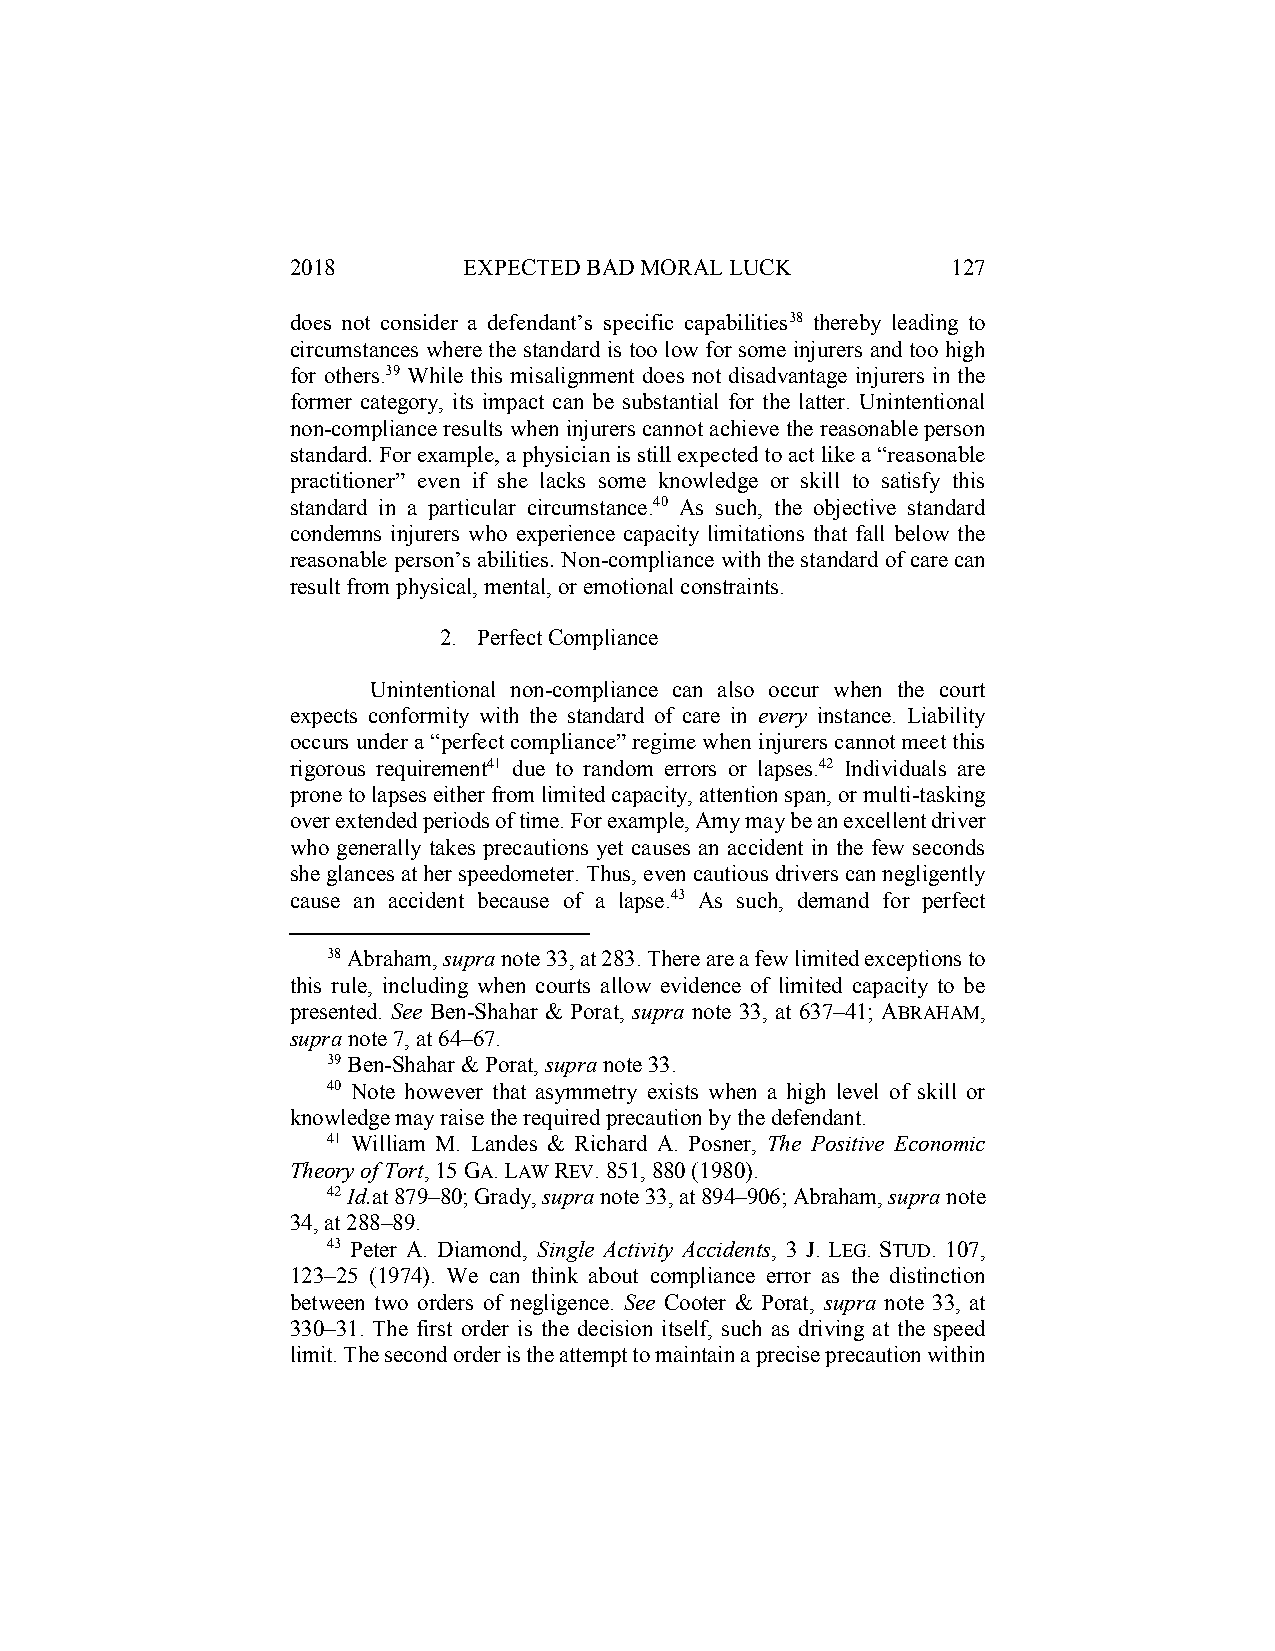
2018        EXPECTED BAD MORAL LUCK         127
 does not consider a defendant’s specific capabilities38 thereby leading to
 circumstances where the standard is too low for some injurers and too high
 for others.39 While this misalignment does not disadvantage injurers in the
 former category, its impact can be substantial for the latter. Unintentional
 non-compliance results when injurers cannot achieve the reasonable person
 standard. For example, a physician is still expected to act like a “reasonable
 practitioner” even if she lacks some knowledge or skill to satisfy this
 standard in a particular circumstance.40 As such, the objective standard
 condemns injurers who experience capacity limitations that fall below the
 reasonable person’s abilities. Non-compliance with the standard of care can
 result from physical, mental, or emotional constraints.
 2. Perfect Compliance
 Unintentional non-compliance can also occur when the court
 expects conformity with the standard of care in every instance. Liability
 occurs under a “perfect compliance” regime when injurers cannot meet this
 rigorous requirement41 due to random errors or lapses.42 Individuals are
 prone to lapses either from limited capacity, attention span, or multi-tasking
 over extended periods of time. For example, Amy may be an excellent driver
 who generally takes precautions yet causes an accident in the few seconds
 she glances at her speedometer. Thus, even cautious drivers can negligently
 cause an accident because of a lapse.43 As such, demand for perfect
 38 Abraham, supra note 33, at 283. There are a few limited exceptions to
 this rule, including when courts allow evidence of limited capacity to be
 presented. See Ben-Shahar & Porat, supra note 33, at 637–41; ABRAHAM,
 supra note 7, at 64–67.
 39 Ben-Shahar & Porat, supra note 33.
 40 Note however that asymmetry exists when a high level of skill or
 knowledge may raise the required precaution by the defendant.
 41 William M. Landes & Richard A. Posner, The Positive Economic
 Theory of Tort, 15 GA. LAW REV. 851, 880 (1980).
 42 Id.at 879–80; Grady, supra note 33, at 894–906; Abraham, supra note
 34, at 288–89.
 43 Peter A. Diamond, Single Activity Accidents, 3 J. LEG. STUD. 107,
 123–25 (1974). We can think about compliance error as the distinction
 between two orders of negligence. See Cooter & Porat, supra note 33, at
 330–31. The first order is the decision itself, such as driving at the speed
 limit. The second order is the attempt to maintain a precise precaution within